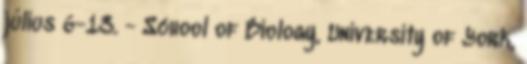
július 6-13. - School of Biology, University of York,